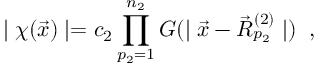
\mid \chi ( \vec { x } ) \mid = c _ { 2 } \prod _ { p _ { 2 } = 1 } ^ { n _ { 2 } } G ( \mid \vec { x } - \vec { R } _ { p _ { 2 } } ^ { ( 2 ) } \mid ) \; \; ,